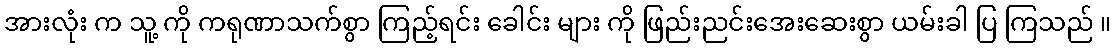
အားလုံး က သူ့ ကို ကရုဏာသက်စွာ ကြည့်ရင်း ခေါင်း များ ကို ဖြည်းညင်းအေးဆေးစွာ ယမ်းခါ ပြ ကြသည် ။